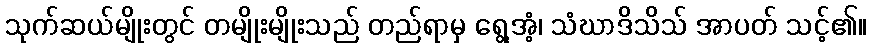
သုက်ဆယ်မျိုးတွင် တမျိုးမျိုးသည် တည်ရာမှ ရွေ့အံ့၊ သံဃာဒိသိသ် အာပတ် သင့်၏။